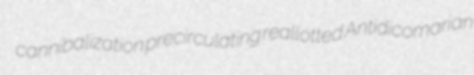
cannibalization precirculating reallotted Antidicomarian